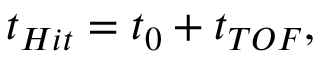
t _ { H i t } = t _ { 0 } + t _ { T O F } ,